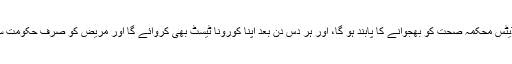
قواعدو ضوابط کے تحت مریض روزانہ اپنی صحت کے متعلق اپڈیٹس محکمہ صحت کو بھجوانے کا پابند ہو گا، اور ہر دس دن بعد اپنا کورونا ٹیسٹ بھی کروائے گا اور مریض کو صرف حکومت سے منظور شدہ نجی لیبارٹری سے ٹیسٹ کرانے کی اجازت ہوگی۔